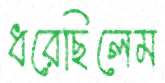
ধরেছিলেম